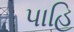
પાહિ